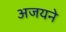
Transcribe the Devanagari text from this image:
अजयने